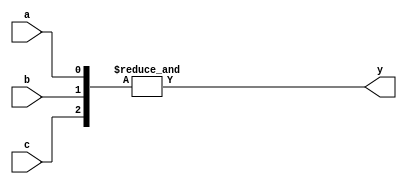
module datatypes(a,b,c,y);
	input a,b,c;
	//output wor y;
	output wand y;
	buf b1(y,a);
	buf b2(y,b);
	buf b3(y,c);

endmodule